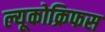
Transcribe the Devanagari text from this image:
ल्यूकोक्रिफस